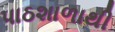
પાઠશાળાથી